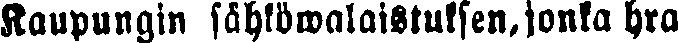
Kaupungin sähköwalaistuksen, jonka hra